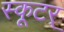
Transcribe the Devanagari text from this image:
स्कूटर्